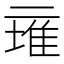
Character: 𱎕